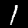
Label: 1